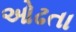
ઓઢતા